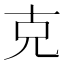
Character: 克